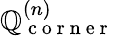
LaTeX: \mathbb{Q}_{\mathrm{{~c~o~r~n~e~r~}}}^{(n)}